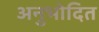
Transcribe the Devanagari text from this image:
अनुभोदित